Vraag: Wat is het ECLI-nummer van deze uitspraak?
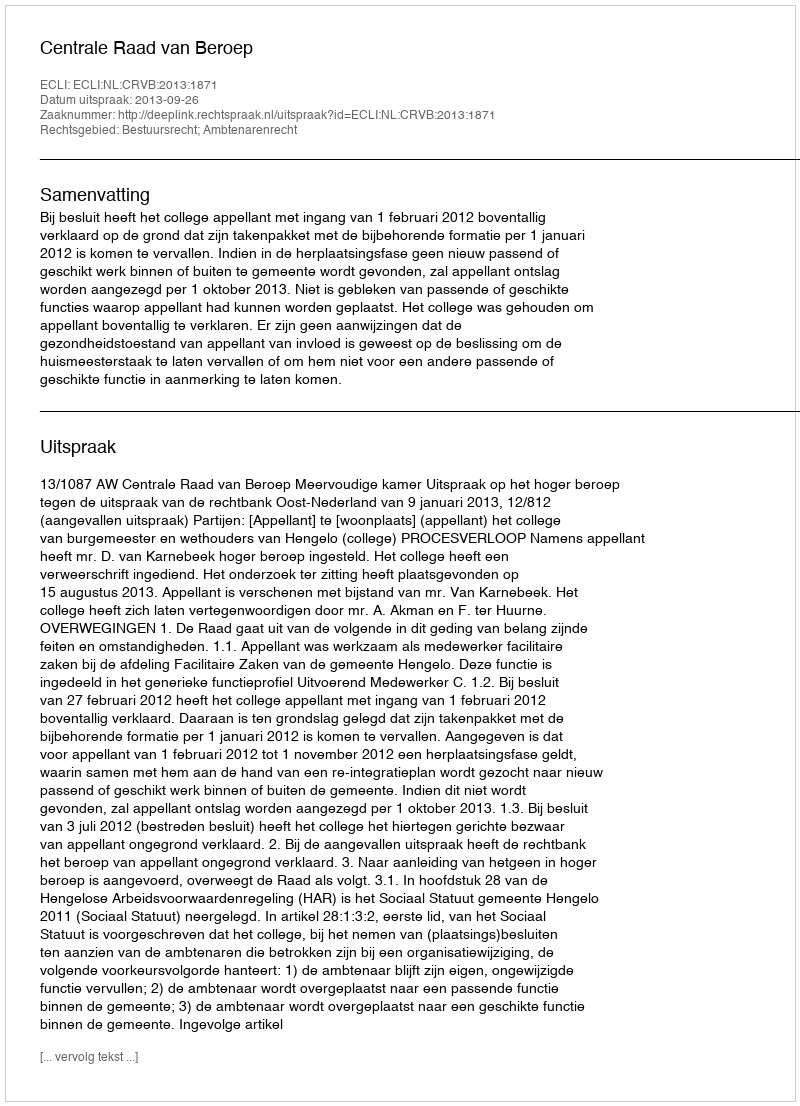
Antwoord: ECLI:NL:CRVB:2013:1871